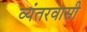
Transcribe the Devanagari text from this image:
व्यंतरवासी